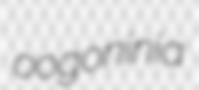
oogoninia